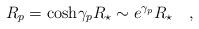
LaTeX: \begin{align*}R_p = \cosh\!\gamma_p R_\star \sim e^{\gamma_p} R_\star \quad ,\end{align*}